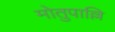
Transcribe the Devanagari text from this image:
मोतुपाल्लि